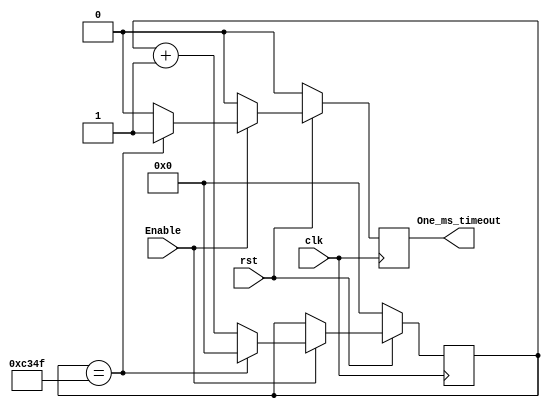
module One_ms_Timer(Enable, One_ms_timeout, clk, rst);

input Enable, clk, rst;
output One_ms_timeout;
reg One_ms_timeout;
reg [15:0] Interal_cnt;

 always @ (posedge clk) begin
 
   if (rst == 1'b0) begin
    One_ms_timeout <= 1'b0;
    Interal_cnt<= 16'b0000000000000000;
    end
   else begin

     if (Enable == 1'b1)
      begin
         // if (Interal_cnt== 16'b0000_0000_0000_0011) //this is for testing purposes
            if (Interal_cnt== 16'b1100_0011_0100_1111)
                   begin
            One_ms_timeout <= 1'b1; 
            Interal_cnt<= 16'b0000000000000000;
            end
          else
            begin
           Interal_cnt <= Interal_cnt + 16'b0000000000000001;
           One_ms_timeout <= 1'b0; 
            end
      end
       else
          begin
           One_ms_timeout <= 1'b0; 
          end
    end
  end

endmodule